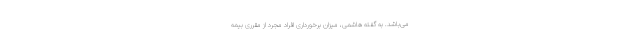
می‌باشد. به گفته هاشمی، میزان برخورداری افراد مجرد از مقرری بیمه